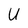
Character: U